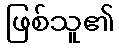
ဖြစ်သူ၏